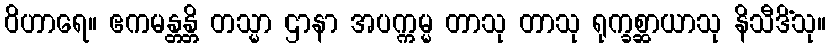
ဝိဟာရေ။ ဧကမန္တန္တိ တသ္မာ ဌာနာ အပက္ကမ္မ တာသု တာသု ရုက္ခစ္ဆာယာသု နိသီဒိံသု။